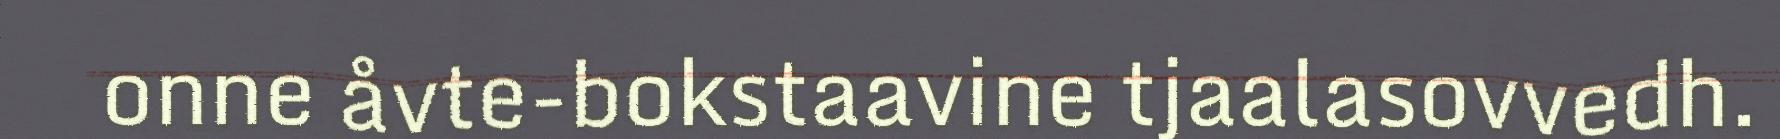
onne åvte-bokstaavine tjaalasovvedh.